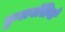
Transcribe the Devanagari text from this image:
कुलवंशियों